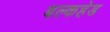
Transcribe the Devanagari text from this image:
बल्‍कहेड